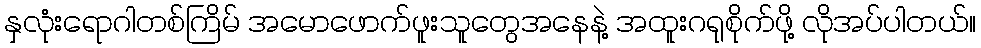
နှလုံးရောဂါတစ်ကြိမ် အမောဖောက်ဖူးသူတွေအနေနဲ့ အထူးဂရုစိုက်ဖို့ လိုအပ်ပါတယ်။